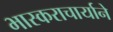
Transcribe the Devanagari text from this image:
भास्कराचार्याने